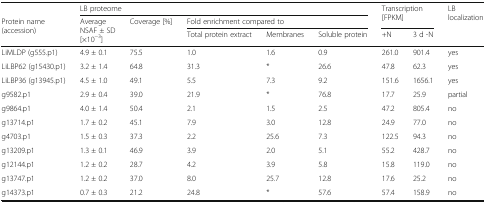
<table><thead><tr><td></td><td colspan="5"><b>LB proteome</b></td><td rowspan="2" colspan="2"><b>Transcription [FPKM]</b></td><td rowspan="3"><b>LB localization</b></td></tr><tr><td rowspan="2"><b>Protein name (accession)</b></td><td rowspan="2"><b>Average NSAF ± SD[×10<sup>−3</sup>]</b></td><td rowspan="2"><b>Coverage [%]</b></td><td colspan="3"><b>Fold enrichment compared to</b></td></tr><tr><td><b>Total protein extract</b></td><td><b>Membranes</b></td><td><b>Soluble protein</b></td><td><b>+N</b></td><td><b>3 d -N</b></td></tr></thead><tbody><tr><td>LiMLDP (g555.p1)</td><td>4.9 ± 0.1</td><td>75.5</td><td>1.0</td><td>1.6</td><td>0.9</td><td>261.0</td><td>901.4</td><td>yes</td></tr><tr><td>LiLBP62 (g15430.p1)</td><td>3.2 ± 1.4</td><td>64.8</td><td>31.3</td><td>*</td><td>26.6</td><td>47.8</td><td>62.3</td><td>yes</td></tr><tr><td>LiLBP36 (g13945.p1)</td><td>4.5 ± 1.0</td><td>49.1</td><td>5.5</td><td>7.3</td><td>9.2</td><td>151.6</td><td>1656.1</td><td>yes</td></tr><tr><td>g9582.p1</td><td>2.9 ± 0.4</td><td>39.0</td><td>21.9</td><td>*</td><td>76.8</td><td>17.7</td><td>25.9</td><td>partial</td></tr><tr><td>g9864.p1</td><td>4.0 ± 1.4</td><td>50.4</td><td>2.1</td><td>1.5</td><td>2.5</td><td>47.2</td><td>805.4</td><td>no</td></tr><tr><td>g13714.p1</td><td>1.7 ± 0.2</td><td>45.1</td><td>7.9</td><td>3.0</td><td>12.8</td><td>24.9</td><td>77.0</td><td>no</td></tr><tr><td>g4703.p1</td><td>1.5 ± 0.3</td><td>37.3</td><td>2.2</td><td>25.6</td><td>7.3</td><td>122.5</td><td>94.3</td><td>no</td></tr><tr><td>g13209.p1</td><td>1.3 ± 0.1</td><td>46.9</td><td>3.9</td><td>2.0</td><td>5.1</td><td>55.2</td><td>428.7</td><td>no</td></tr><tr><td>g12144.p1</td><td>1.2 ± 0.2</td><td>28.7</td><td>4.2</td><td>3.9</td><td>5.8</td><td>15.8</td><td>119.0</td><td>no</td></tr><tr><td>g13747.p1</td><td>1.2 ± 0.2</td><td>37.0</td><td>8.0</td><td>25.7</td><td>12.8</td><td>17.6</td><td>25.2</td><td>no</td></tr><tr><td>g14373.p1</td><td>0.7 ± 0.3</td><td>21.2</td><td>24.8</td><td>*</td><td>57.6</td><td>57.4</td><td>158.9</td><td>no</td></tr></tbody></table>